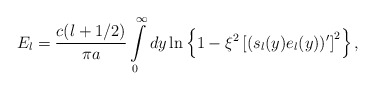
\begin{align*}E_l=\frac{c(l+1/2)}{\pi a}\int\limits_{0}^{\infty}dy \ln \left \{1-\xi ^2\left [(s_l(y) e_l(y))'\right ]^2\right \},\end{align*}